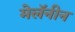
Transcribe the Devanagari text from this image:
मेलॅनीन